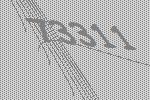
73311